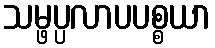
သမ္ဖပ္ပလာပပစ္စယာ